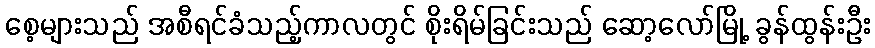
စေ့များသည် အစီရင်ခံသည့်ကာလတွင် စိုးရိမ်ခြင်းသည် ဆော့လော်မြို့ ခွန်ထွန်းဦး